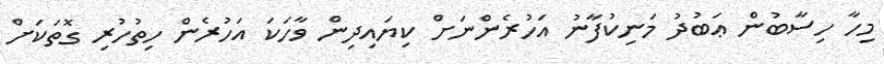
މިހާ ހިސާބުން ޢަބުދު މަނިކުފާނު އަހުރެންނަށް ކިޔައިދިން ވާހަކަ އަހުރެން ހިތުހުރި ގޮތަކަށް